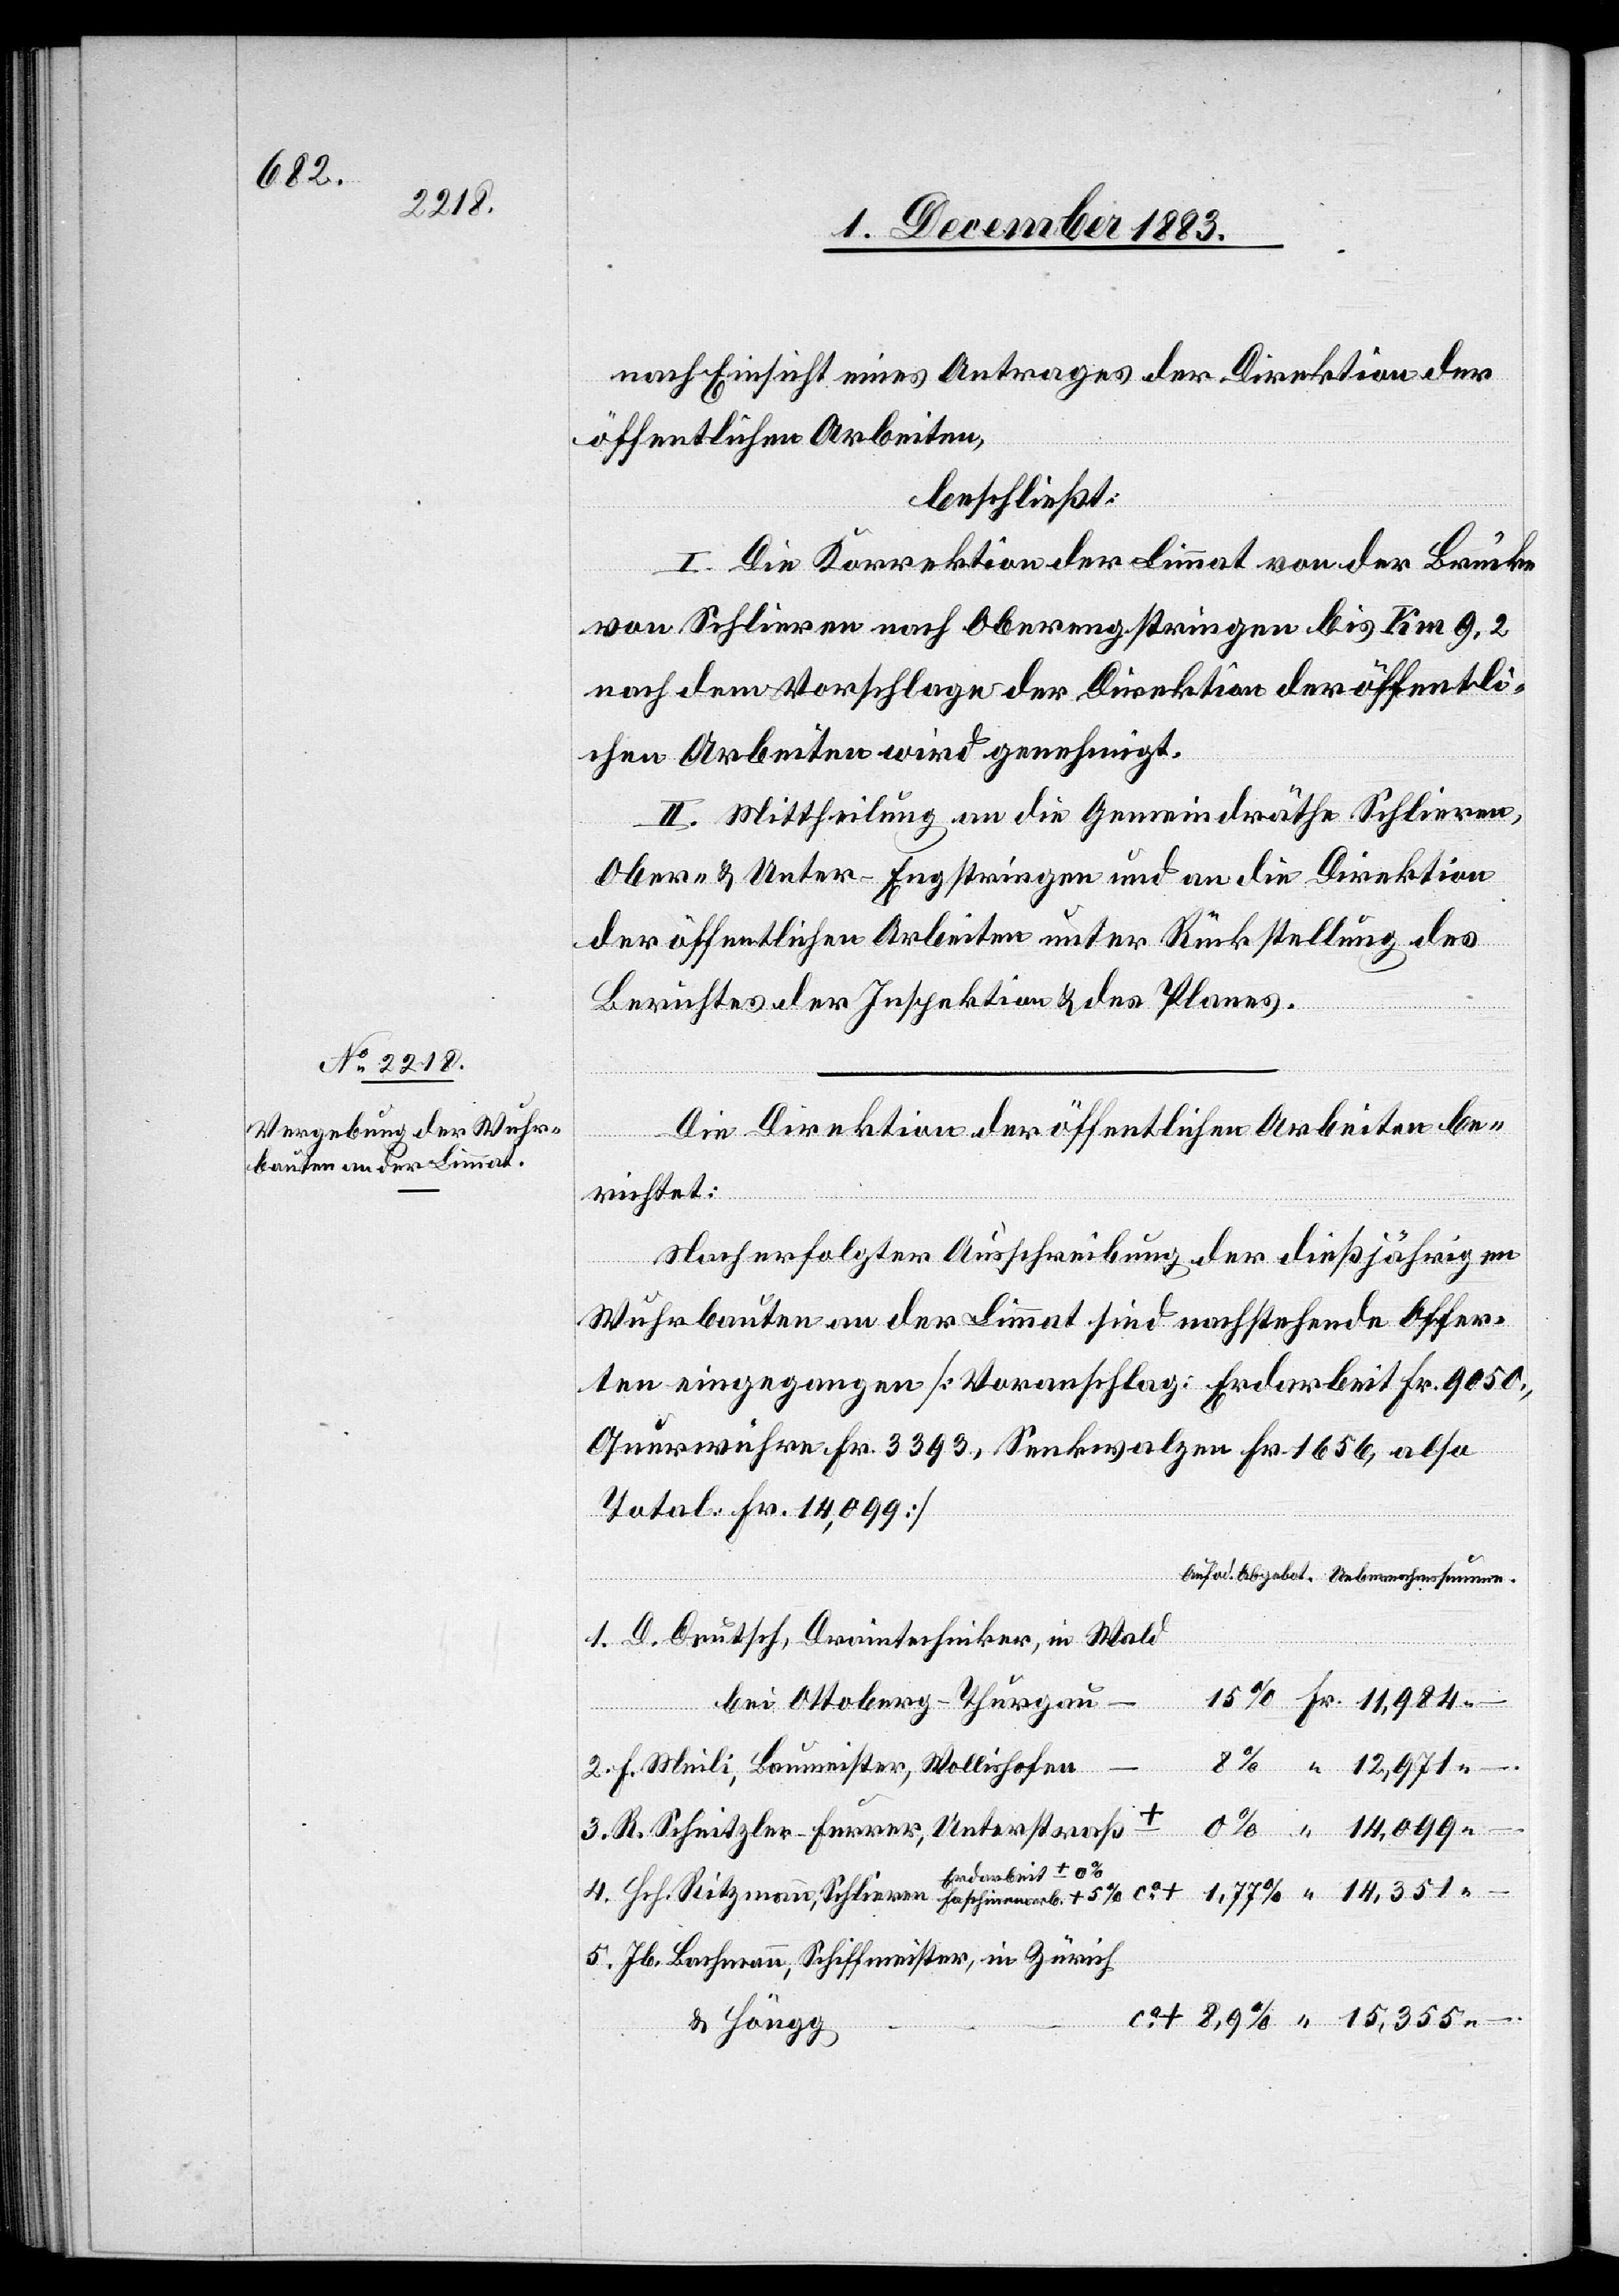
nach Einsicht eines Antrages der Direktion der
öffentlichen Arbeiten,
beschließt:
I. Die Korrektion der Limmat von der Brücke
von Schlieren nach Oberengstringen bis Km 9,2
nach dem Vorschlage der Direktion der öffentli¬
chen Arbeiten wird genehmigt.
II. Mittheilung an die Gemeindräthe Schieren,
Ober- & Unter-Engstringen und an die Direktion
der öffentlichen Arbeiten unter Rückstellung des
Berichtes der Inspektion & des Planes.
Die Direktion der öffentlichen Arbeiten be¬
richtet:
Nach erfolgter Ausschreibung der dießjährigen
Wuhrbauten an der Limmat sind nachstehende Offer¬
ten eingegangen [Voranschlag: Erdarbeiten Fr. 9050.,
Querwuhre Fr. 3393, Senkwalzen Fr. 1656, also
Total: Fr. 14,099]
D. Deutsch, Draintechniker, im Wald
bei Ottoberg - Thurgau
F. Meili, Baumeister, Wollishofen
–.
R. Schnitzler-Furrer, Unterstraß
+
Erdarbeit +-
Jb. Bachmann, Schiffmeister, in Zürich
& Höngg